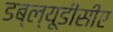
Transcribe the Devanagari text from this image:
डब्ल्यूडीसीए